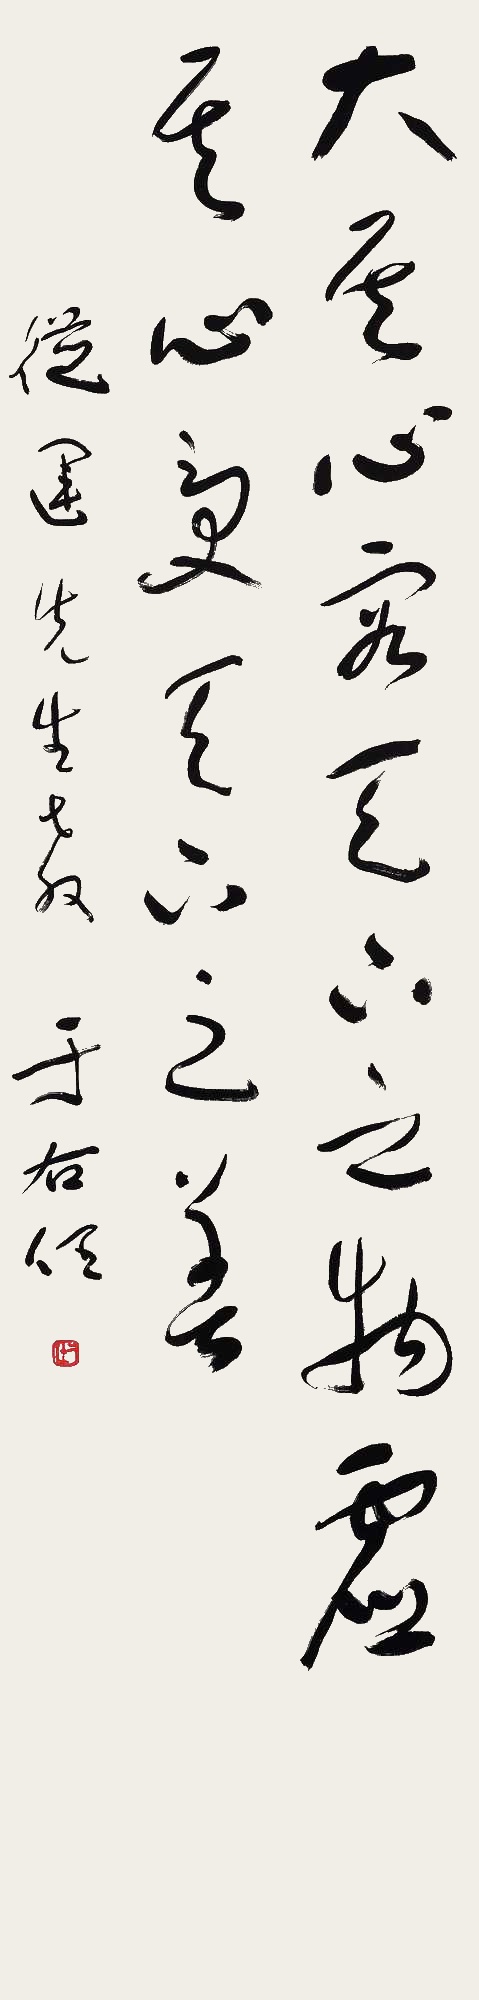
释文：大其心容天下之物，虚其心受天下之善。从运先生教。于佑任